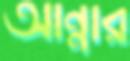
আন্নার